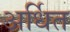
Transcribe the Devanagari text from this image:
अर्धित